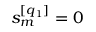
s _ { m } ^ { [ q _ { 1 } ] } = 0